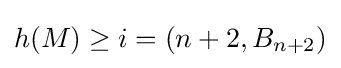
h(M)\geq i=\left(n+2,B_{n+2}\right)